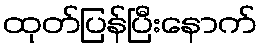
ထုတ်ပြန်ပြီးနောက်